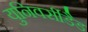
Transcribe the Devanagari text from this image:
युनिवर्सीडैड